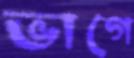
ভাগে